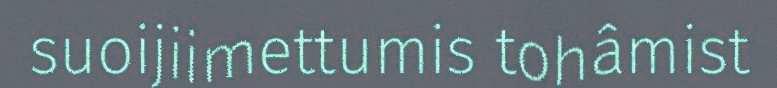
suoijiimettumis tohâmist